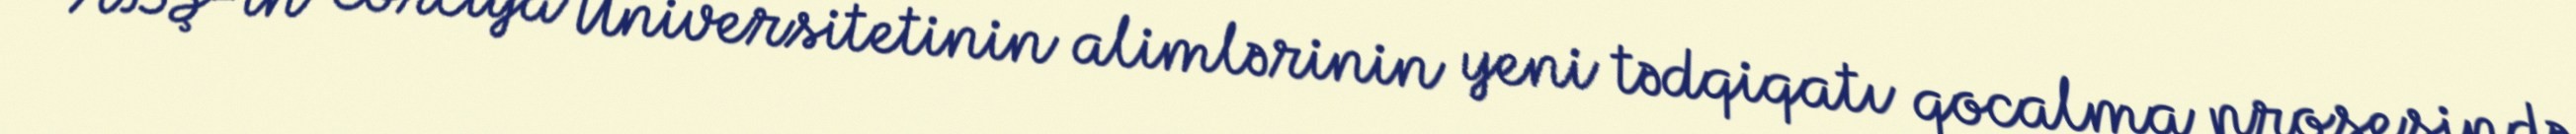
ABŞ-ın Corciya Universitetinin alimlərinin yeni tədqiqatı qocalma prosesində